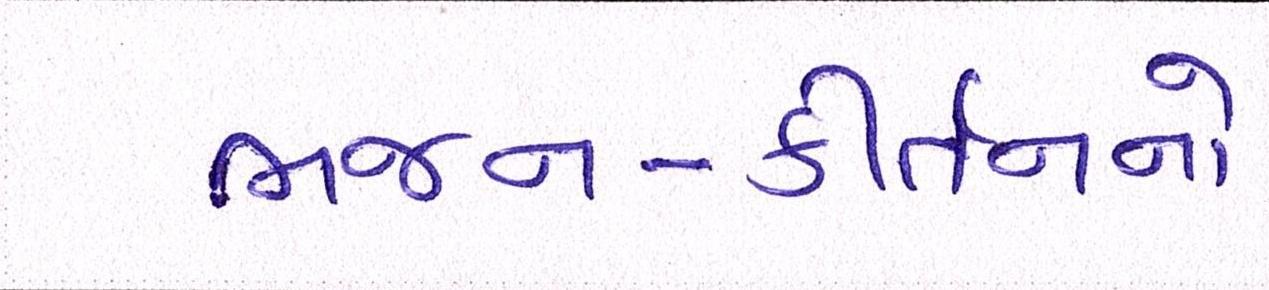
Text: ભજન-કીર્તનનો